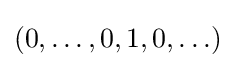
(0,\ldots ,0,1,0,\ldots )